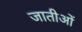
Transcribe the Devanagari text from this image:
जातीओं